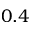
0 . 4